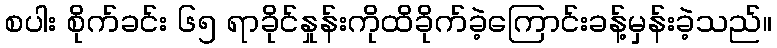
စပါး စိုက်ခင်း ၆၅ ရာခိုင်နှုန်းကိုထိခိုက်ခဲ့ကြောင်းခန့်မှန်းခဲ့သည်။